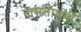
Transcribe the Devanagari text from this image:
रामतापनी